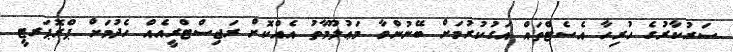
ސަރުކާރުގެ ހުރިހާ އެސެޓްތައް އަގުކުރުމަށް ބޭނުންވާ މަޢުލޫމާތު އެއްކޮށް ރަޖިސްޓްރީއެއް ހެދުމަށް ޕްރޮޕަރޓީ